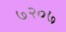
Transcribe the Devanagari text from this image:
७२०७